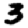
Digit: 3